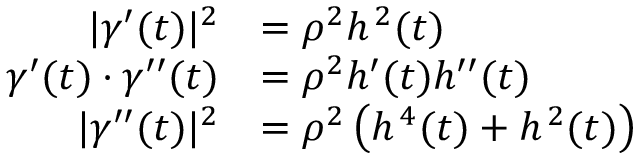
{ \begin{array} { r l } { | { \boldsymbol { \gamma } } ^ { \prime } ( t ) | ^ { 2 } } & { = \rho ^ { 2 } h ^ { \, 2 } ( t ) } \\ { { \boldsymbol { \gamma } } ^ { \prime } ( t ) \cdot { \boldsymbol { \gamma } } ^ { \prime \prime } ( t ) } & { = \rho ^ { 2 } h ^ { \prime } ( t ) h ^ { \prime \prime } ( t ) } \\ { | { \boldsymbol { \gamma } } ^ { \prime \prime } ( t ) | ^ { 2 } } & { = \rho ^ { 2 } \left( h ^ { \, 4 } ( t ) + h ^ { \, 2 } ( t ) \right) } \end{array} }